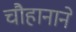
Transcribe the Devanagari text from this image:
चौहानाने